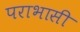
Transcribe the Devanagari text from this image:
पराभासी